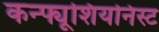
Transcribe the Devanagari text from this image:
कन्फ्यूशियनिस्ट